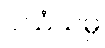
ပသံသမ္ပိ